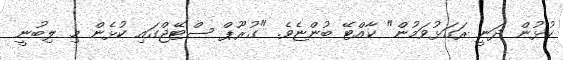
ކުޅުން ދަނީ ރަގަޅުވަމުން" ކާއްޓޭ ބުންޏެވެ. "ގުރޫޕް ސްޓޭޖްގައި ކުޅެން މި ލިބުނީ